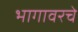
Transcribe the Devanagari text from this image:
भागावरचे